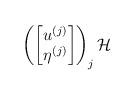
LaTeX: \begin{align*}\left(\begin{bmatrix}u^{(j)}\\ \eta^{(j)}\end{bmatrix}\right)_j \mathcal{H}\end{align*}